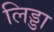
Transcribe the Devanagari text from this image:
लिड्डा